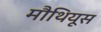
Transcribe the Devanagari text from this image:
मौथियूस